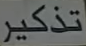
تذكر